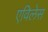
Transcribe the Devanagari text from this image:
एविलेस